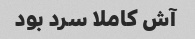
آش کاملا سرد بود